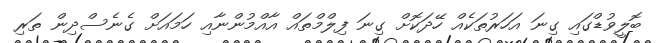
ބޮލީވުޑްގައި ގިނަ އަހަރުތަކެއް ހޭދަކޮށް ގިނަ ފިލްމްތައް އާއްމުންނާއި ހަމައަށް ގެނެސްދިން ތަރި